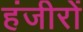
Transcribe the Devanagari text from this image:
हंजीरों